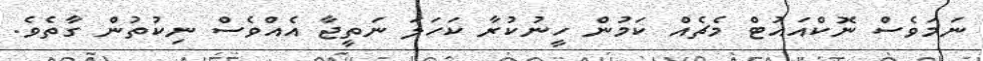
ނަމަވެސް ނޮކްއައުޓް މެޗެއް ކަމުން ހީނުކުރާ ކަހަލަ ނަތީޖާ އެއްވެސް ނިކުތުން ގާތެވެ.